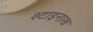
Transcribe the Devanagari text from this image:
श्टाइनाख